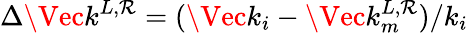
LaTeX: \Delta\Vec{k}^{L,\mathcal{R}}=(\Vec{k}_{i}-\Vec{k}_{m}^{L,\mathcal{R}})/k_{i}